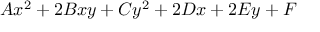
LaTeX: A x ^ { 2 } + 2 B x y + C y ^ { 2 } + 2 D x + 2 E y + F